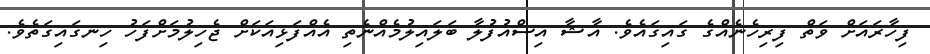
ފިހާރައަށް ވަތް ފިރިހެނެއްގެ ގައިގައެވެ. އާޝާ އިސްއުފުލާ ބަލައިލުމެއްނެތި އެއްފަޅިއަކަށް ޖެހިލުމަށްފަހު ހިނގައިގަތެވެ.